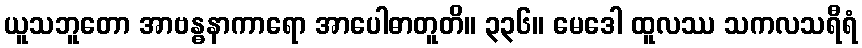
ယူသဘူတော အာဗန္ဓနာကာရော အာပေါဓာတူတိ။ ၃၃၆။ မေဒေါ ထူလဿ သကလသရီရံ